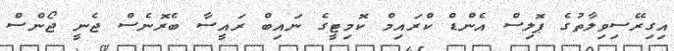
އިގިރޭސިވިލާތުގެ ޕޮލިސް އެންޑް ކްރައިމް ކޮމިޓީގެ ނައިބް ރައީސާ ބެރޮނެސް ޖެނީ ޖޯންސް